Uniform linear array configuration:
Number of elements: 12
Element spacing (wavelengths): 0.5
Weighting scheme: uniform
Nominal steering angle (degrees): -15
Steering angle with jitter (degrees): -16.419
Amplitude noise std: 0.05
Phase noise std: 0.05

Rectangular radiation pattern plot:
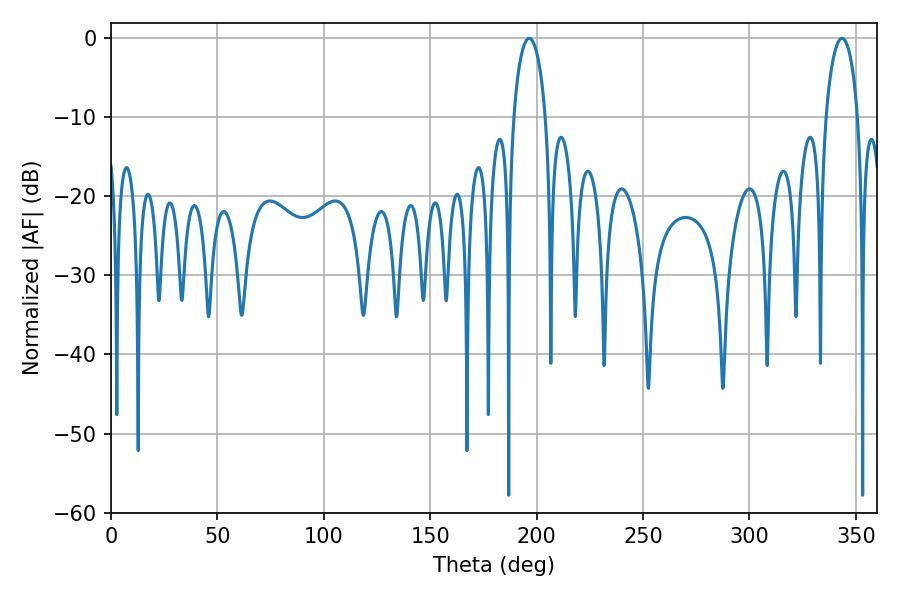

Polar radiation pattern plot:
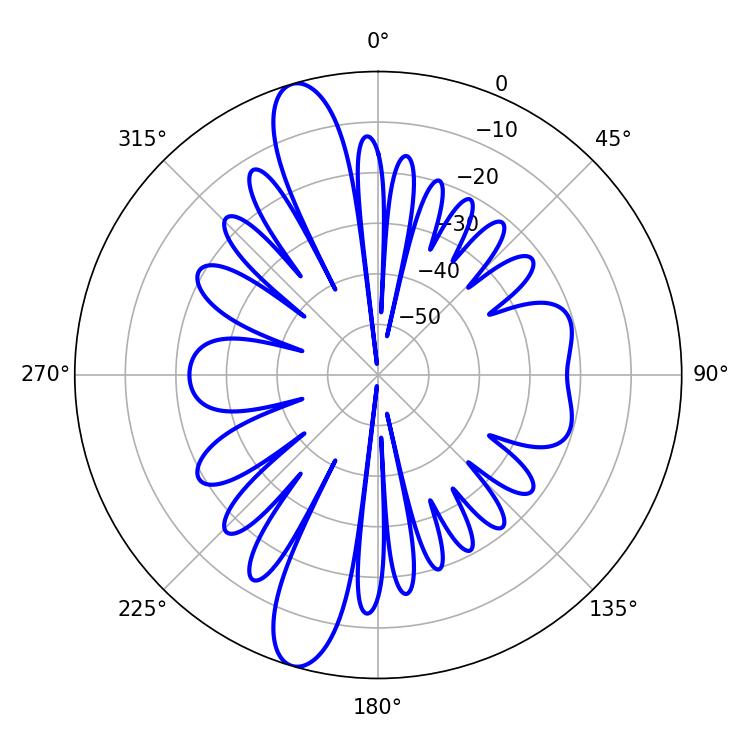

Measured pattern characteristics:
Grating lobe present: FALSE
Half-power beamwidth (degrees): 8.64
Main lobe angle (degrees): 196.56